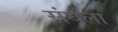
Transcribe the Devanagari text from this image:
संघला